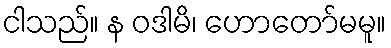
ငါသည်။ န ဝဒါမိ၊ ဟောတော်မမူ။